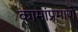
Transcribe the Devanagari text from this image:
कामांप्रमाणे